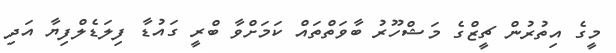
މީގެ އިތުރުން ޗީޒްގެ މަޝްހޫރު ބާވަތްތައް ކަމަށްވާ ބްރީ ގައުޑާ ފިލަޑެލްފިޔާ އަދި